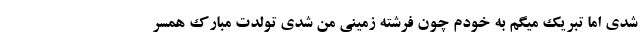
شدی اما تبریک میگم به خودم چون فرشته زمینی من شدی تولدت مبارک همسر